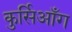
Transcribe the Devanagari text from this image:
कुर्सिआँग